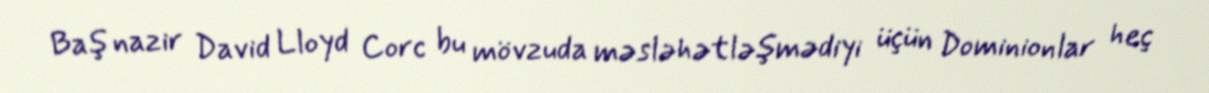
Baş nazir David Lloyd Corc bu mövzuda məsləhətləşmədiyi üçün Dominionlar heç